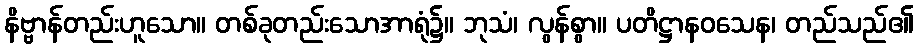
နိဗ္ဗာန်တည်းဟူသော။ တစ်ခုတည်းသောအာရုံ၌။ ဘုသံ၊ လွန်စွာ။ ပတိဋ္ဌာနဝသေန၊ တည်သည်၏